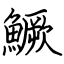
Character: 鱖